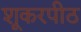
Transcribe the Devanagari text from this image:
शूकरपीठ